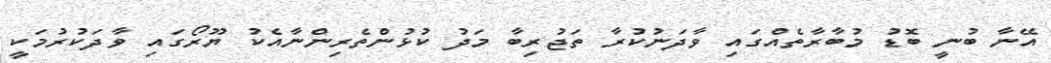
އޭނާ ބުނީ ބޮޑު މުބާރާތެއްގައި ވާދަނުކުރާ ތަޖުރިބާ މަދު ކުޅުންތެރިންނާއެކު ޔޫރޯގައި ވާދަކުރުމަކީ